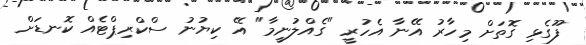
ފޫގެޅި ގޮތަށް މިހާރު އޭނާ އެހުރީ "ގެއްލުނީމާ" އޭ ކިޔުނު ސްކްރިޕްޓެއް ކޮނޑަށް